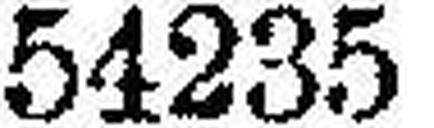
54235